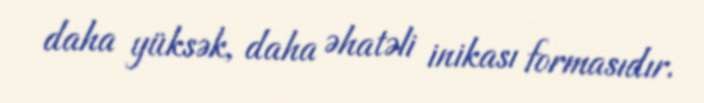
daha yüksək, daha əhatəli inikası formasıdır.